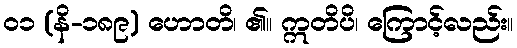
၀၁ (နိ-၁၈၉) ဟောတိ၊ ၏။ ဣတိပိ၊ ကြောင့်လည်း။